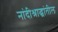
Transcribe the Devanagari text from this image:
नांदीश्राद्धांतील